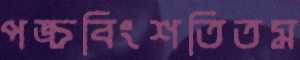
পঙ্চবিংশতিতম